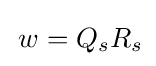
\,w=Q_{s}R_{s}